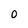
Character: O